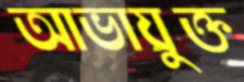
আভাযুক্ত